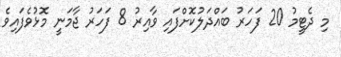
މި ދެޓީމު 20 ފަހަރު ބައްދަލުކޮށްފައި ވާއިރު 8 ފަހަރު ޖާމަނީ މޮޅުވެފައިވެ